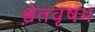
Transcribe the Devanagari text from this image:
श्वेतवृषभ